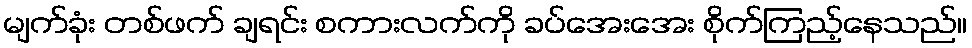
မျက်ခုံး တစ်ဖက် ချရင်း စကားလက်ကို ခပ်အေးအေး စိုက်ကြည့်နေသည်။